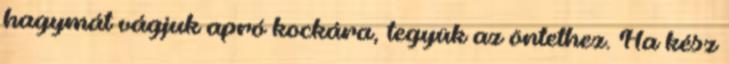
hagymát vágjuk apró kockára, tegyük az öntethez. Ha kész